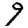
Digit: 9